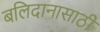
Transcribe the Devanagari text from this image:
बलिदानासाठी